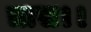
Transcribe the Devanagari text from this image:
त्रास।।